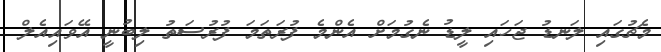
މެޗުގައި ލަނޑު ޖަހައި ލީޑު ނެގުމަށް އެންމެ ފުރަތަމަ ފުރުސަތު ލިބުނީ އޭވައިއެލް